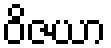
ဝိဇယာ